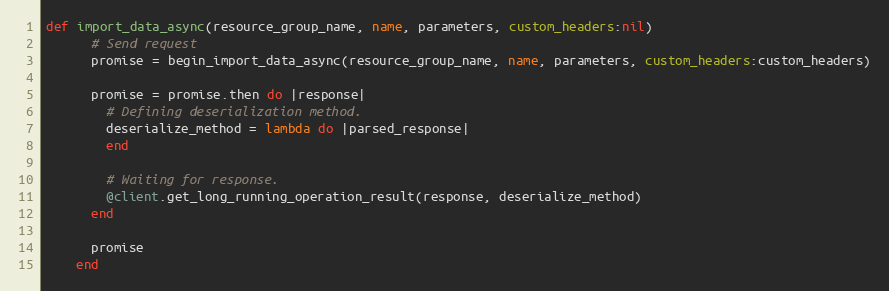
Language: Ruby
def import_data_async(resource_group_name, name, parameters, custom_headers:nil)
      # Send request
      promise = begin_import_data_async(resource_group_name, name, parameters, custom_headers:custom_headers)

      promise = promise.then do |response|
        # Defining deserialization method.
        deserialize_method = lambda do |parsed_response|
        end

        # Waiting for response.
        @client.get_long_running_operation_result(response, deserialize_method)
      end

      promise
    end